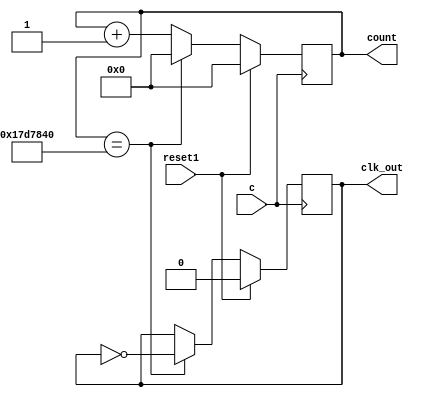
`timescale 1ns / 1ps
//////////////////////////////////////////////////////////////////////////////////
// Company: 
// Engineer: 
// 
// Design Name: 
// Module Name:    OneHzClk 
// Project Name: 
// Target Devices: 
// Tool versions: 
// Description: 
//
// Dependencies: 
//
// Revision: 
// Revision 0.01 - File Created
// Additional Comments: 
//
//////////////////////////////////////////////////////////////////////////////////
module OneHzClk(
    input c,
    input reset1,
    output reg [24:0] count,
    output reg clk_out
    );
always@(negedge c)
begin
	if(reset1)
		begin
		count <= 0;
		clk_out <=0;
		end
	else begin
		if(count == 25000000)
		begin
		count <=0;
		clk_out <= ~clk_out;
		end
	else
		begin
		count <= count+1;
		end
	end
end
endmodule